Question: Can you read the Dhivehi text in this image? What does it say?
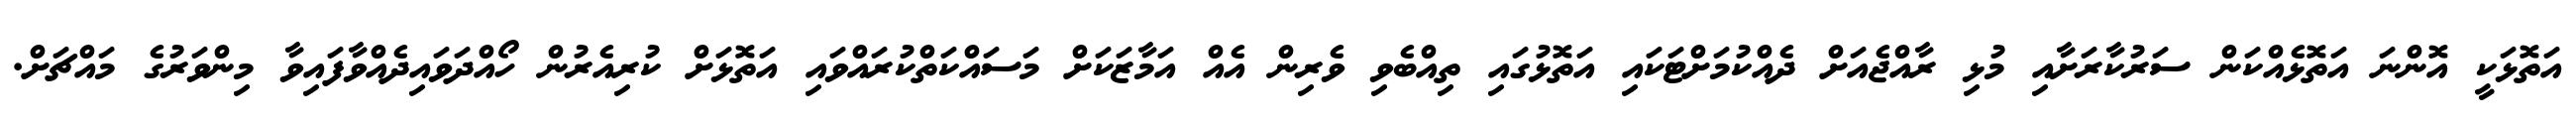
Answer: އަތޮޅަކީ އޮންނަ އަތޮޅެއްކަން ސަރުކާރަށާއި މުޅި ރާއްޖެއަށް ދެއްކުމަށްޓަކައި އަތޮޅުގައި ތިއްބެވި ވެރިން އެއް އަމާޒަކަށް މަސައްކަތްކުރައްވައި އަތޮޅަށް ކުރިއެރުން ހޯއްދަވައިދެއްވާފައިވާ މިންވަރުގެ މައްޗަށް.